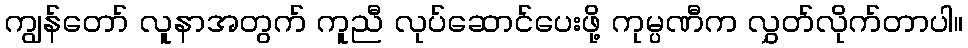
ကျွန်တော် လူနာအတွက် ကူညီ လုပ်ဆောင်ပေးဖို့ ကုမ္ပဏီက လွှတ်လိုက်တာပါ။